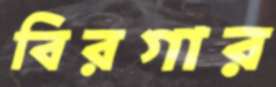
বিরগার